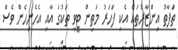
ތަފާތު އިންޒާރުތައް އެކި ފަހަރު މަތިން ޓީވީ ތަކުގަ އާއި އެހެނިހެން ވެސް